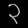
Digit: ၃